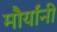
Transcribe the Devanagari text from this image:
मौर्यांनी